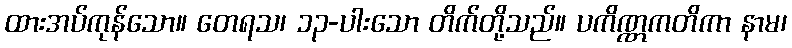
ထားအပ်ကုန်သော။ တေရသ၊ ၁၃-ပါးသော တိက်တို့သည်။ ပကိဏ္ဏကတိကာ နာမ၊